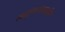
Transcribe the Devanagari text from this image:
माटुंग्यामधील